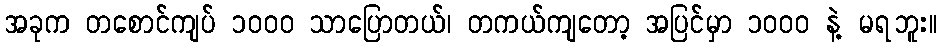
အခုက တစောင်ကျပ် ၁၀၀၀ သာပြောတယ်၊ တကယ်ကျတော့ အပြင်မှာ ၁၀၀၀ နဲ့ မရဘူး။